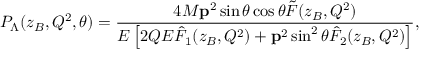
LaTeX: P _ { \Lambda } ( z _ { B } , Q ^ { 2 } , \theta ) = \frac { 4 M { \bf p } ^ { 2 } \sin \theta \cos \theta \tilde { F } ( z _ { B } , Q ^ { 2 } ) } { E \left[ 2 Q E \hat { F } _ { 1 } ( z _ { B } , Q ^ { 2 } ) + { \bf p } ^ { 2 } \sin ^ { 2 } \theta \hat { F } _ { 2 } ( z _ { B } , Q ^ { 2 } ) \right] } ,